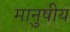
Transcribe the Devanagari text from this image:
मानुषीय